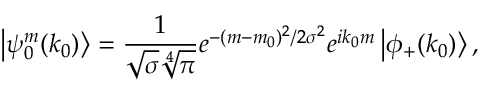
\left| \psi _ { 0 } ^ { m } ( k _ { 0 } ) \right> = \frac { 1 } { \sqrt { \sigma } \sqrt [ 4 ] { \pi } } e ^ { - ( m - m _ { 0 } ) ^ { 2 } / 2 \sigma ^ { 2 } } e ^ { i k _ { 0 } m } \left| \phi _ { + } ( k _ { 0 } ) \right> ,